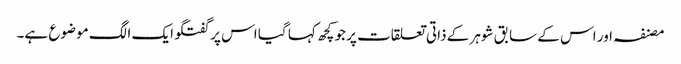
مصنفہ اور اس کے سابق شوہر کے ذاتی تعلقات پر جو کچھ کہا گیا اس پر گفتگو ایک الگ موضوع ہے۔